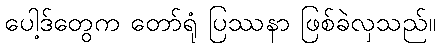
ပေါ့ဒ်တွေက တော်ရုံ ပြဿနာ ဖြစ်ခဲလှသည်။